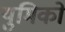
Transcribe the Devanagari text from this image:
युमिको